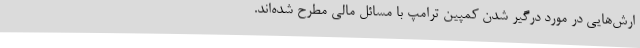
ارش‌هایی در مورد درگیر شدن کمپین ترامپ با مسائل مالی مطرح شده‌اند.